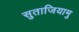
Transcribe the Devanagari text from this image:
सुताजियामु